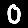
Digit: 0